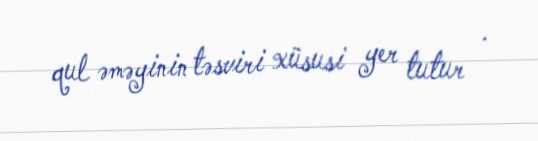
qul əməyinin təsviri xüsusi yer tutur .